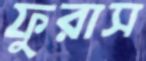
ফুরাস